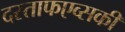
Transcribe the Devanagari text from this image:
दस्ताफएव्सकी